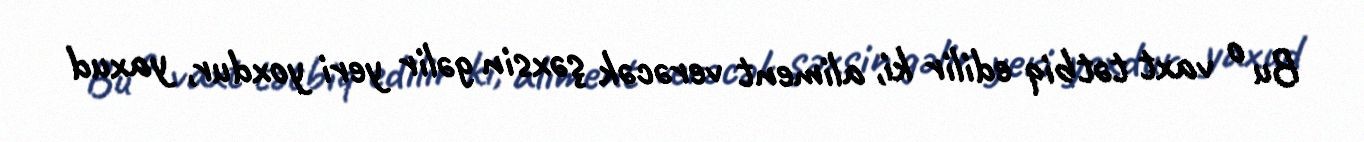
Bu o vaxt tətbiq edilir ki, aliment verəcək şəxsin gəlir yeri yoxdur, yaxud